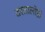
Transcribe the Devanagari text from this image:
दस्तालोष्ठो